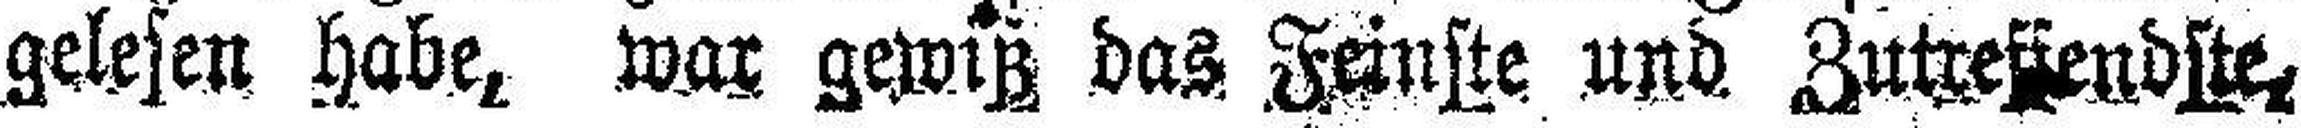
gelesen habe, war gewiß das Feinste und Zutreffendste,